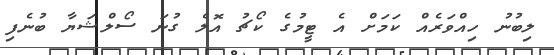
ލިބުނު ހިއްވަރެއް ކަމަށް އެ ޓީމުގެ ކޯޗު އޮލެ ގުނަ ސޯލްޝަޔާ ބުނެފި